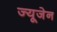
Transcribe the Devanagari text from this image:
ज्यूजेन